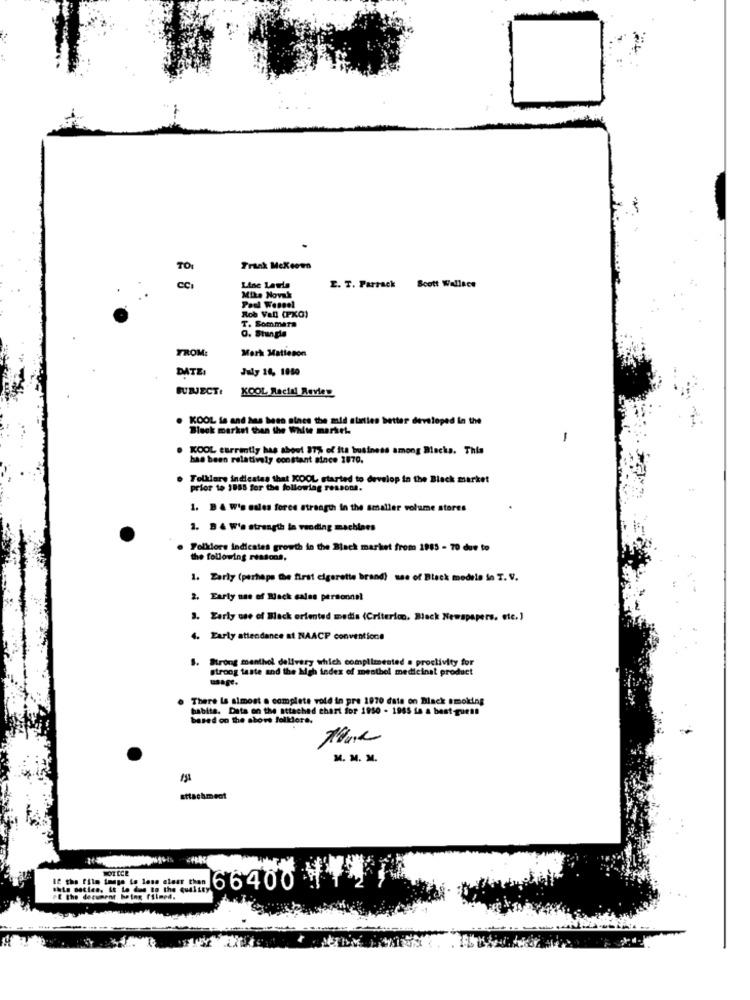
Frank Mckeown
CCI
Line Laela
E. T. Parrack
Scott Wallace
Mike Novak
Rob Vall (PKG)
T. Sommara
0. Stungla
FROM:
Mark Matteson
DATE:
July 14, 1080
BUNJECT:
KOOL Racial Review
KOOL is and has been sines the mid alities better developed in the
Black market than the White marsch
-
KOOL currently has about 87% of its business among Blacks. This
has been relatively constant since 1970.
Tollare indicates that KOOL started to develop in the Black market
prior to 1885 for the following ressona.
1. B & W's esles force strength in the smaller volume stores
1. B & W's strength in vending machines
Folklore indicates growth in the Black market from 1985 - 70 due to
the following reasons,
1. Early (perhaps the first cigarette brand) use of Black modele in T. V.
2. Early use of Black cales personnel
3. Early use of Black oriented medis (Criterion, Black Newspapers, etc.)
4. Early attendance at NAACP conventions
S. Strong menthol delivery which complimented a proclivity for
strong taste and the Mgh index of meathel medicinal product
There Is almost a complete vold in pre 1970 date on Black smoking
habite. Data on the attached chart for 1950 - 1965 is a best-quese
based on the above folklore.
M. M. M.
attachment
NOTICE
M
12 the film image to lose elaar than
66400
E the